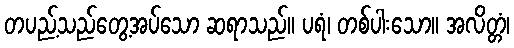
တပည့်သည်တွေ့အပ်သော ဆရာသည်။ ပရံ၊ တစ်ပါးသော။ အလိတ္တံ၊